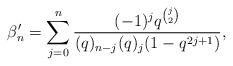
LaTeX: \begin{align*} \beta'_n = \sum_{j=0}^n \frac{(-1)^jq^{\binom{j}{2}}}{(q)_{n-j}(q)_{j}(1-q^{2j+1})}, \end{align*}